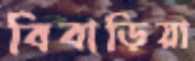
বিবাড়িয়া